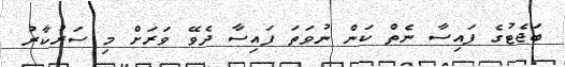
ބަޖެޓުގެ ފައިސާ ނެތް ކަން ނުވަތަ ފައިސާ ދެވޭ ވަރަށް މި ސަރުކާރު